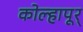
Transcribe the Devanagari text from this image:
कोल्हापूर्